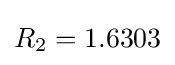
R_{2}=1.6303